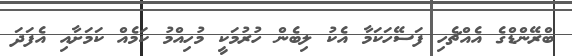
ބްރޭންޑްގެ އެއްޗެހި ފަސޭހަކަމާ އެކު ލިބެން ހުރުމަކީ މުހިއްމު ކަމެއް ކަމަށާއި އެފަދަ